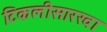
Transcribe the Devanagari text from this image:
टिकलीसारखा